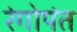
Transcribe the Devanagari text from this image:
रंगोपंत